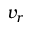
v _ { r }